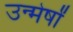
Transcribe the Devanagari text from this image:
उन्मेर्षों